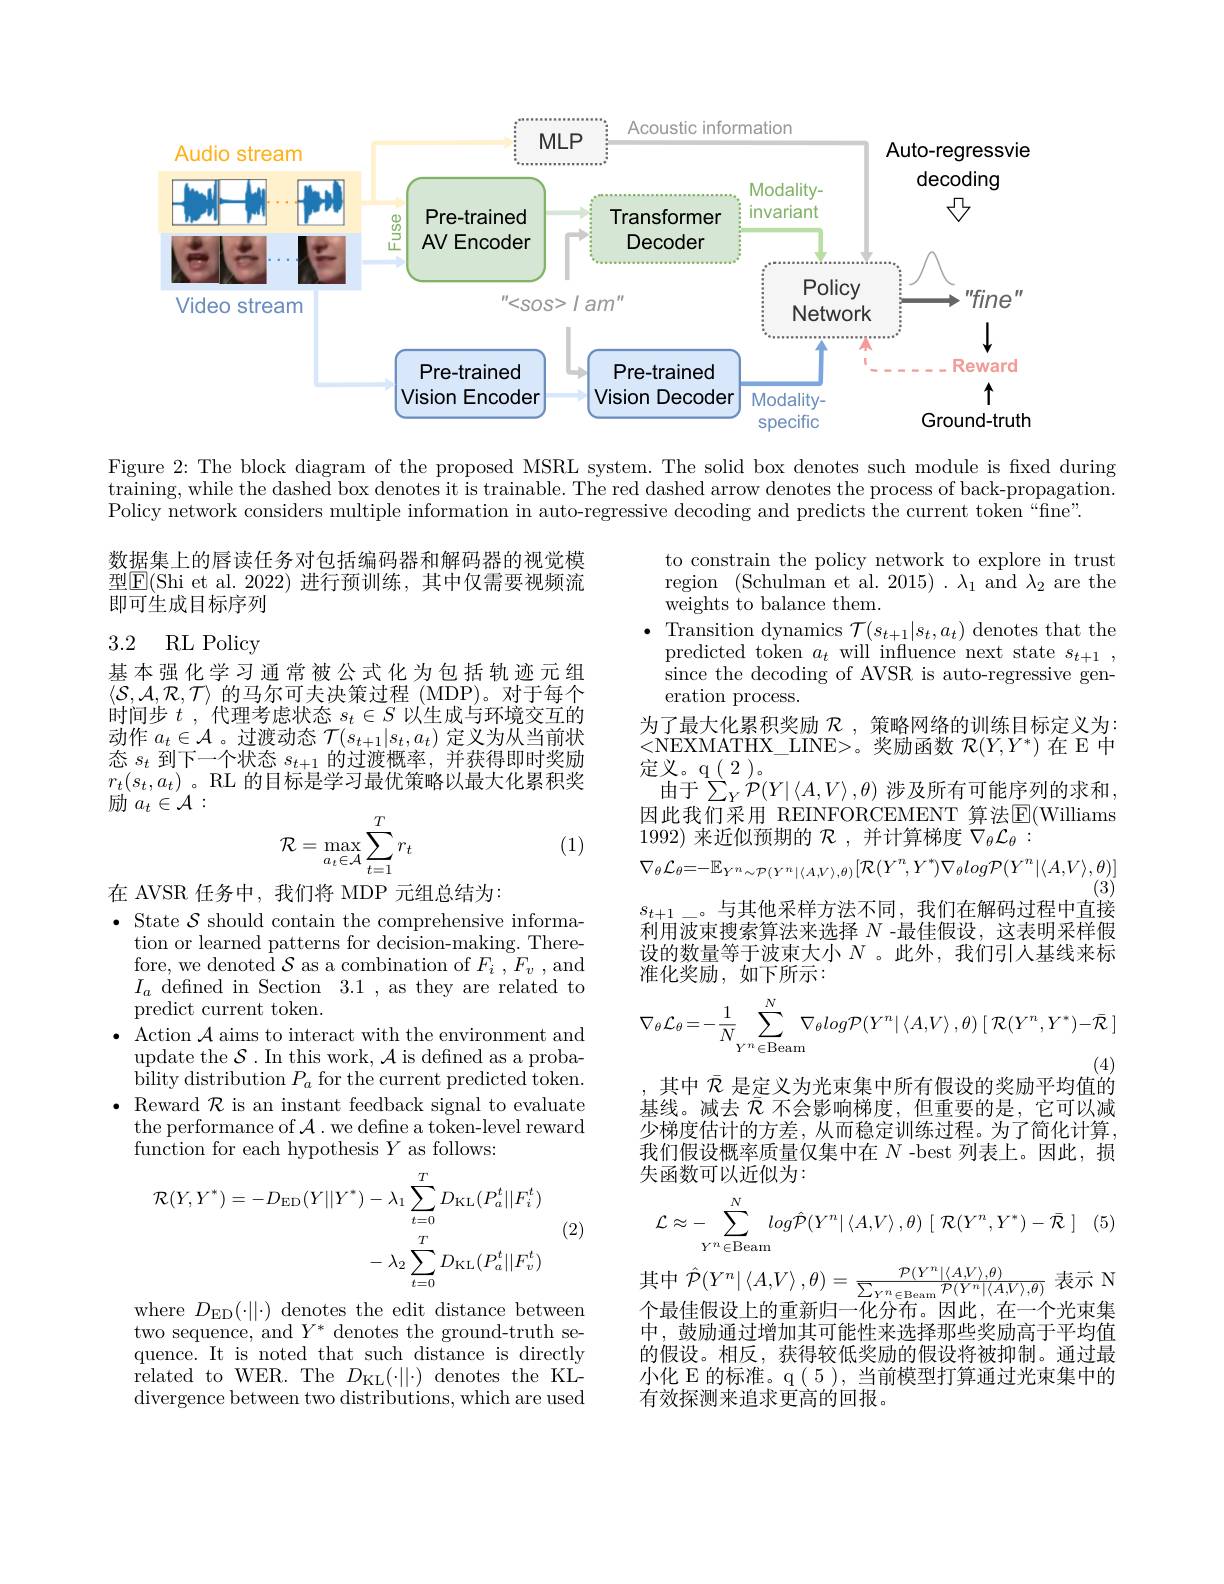
<FigureHere>

Figure 2: The block diagram of the proposed MSRL system. The solid box denotes such module is fixed during training, while the dashed box denotes it is trainable. The red dashed arrow denotes the process of back- propagation. training, while the dashed box denotes it is trainable. The red dashed arrow denotes the proccess of back- propagation. Policy network considers multiple information in auto-regressive decoding and predicts the current token “fine”.

数据集上的唇读任务对包括编码器和解码器的视觉模型$\boxed{\mathrm{E}}($Shi et al. 2022) 进行预训练，其中仅需要视频流即可生成目标序列

## 3.2 RL Policy

基本强化学习通常被公式化为包括轨迹元组$\langle\bar{\mathcal{S}},\mathcal{A},\mathcal{R},\mathcal{T}\rangle$的马尔可夫决策过程(MDP)。对于每个时间步$t$ ,代理考虑状态$s_t\in S$以生成与环境交互的动作$a_t\in\mathcal{A}$ 。过渡动态$\mathcal{T}(s_t+1|s_t,a_t)$定义为从当前状态$s_t$到下一个状态$s_t+1$的过渡概率，并获得即时奖励$r_{t}(s_{t},a_{t})$。RL 的目标是学习最优策略以最大化累积奖励$a_t\in\mathcal{A}:$
$$\mathcal{R}=\max_{a_t\in\mathcal{A}}\sum_{t=1}^Tr_t$$
to constrain the policy network to explore in trust region (Schulman et al. 2015) . $\lambda_1$ and $\lambda_2$ are the weights to balance them.
$\bullet$ Transition dynamics $\mathcal{T}(s_{t+1}|s_{t},a_{t})$ denotes that the predicted token $a_t$ will influence next state $s_t+1$, since the decoding of AVSR is auto-regressive generation process.
为了最大化累积奖励$\mathcal{R}$,策略网络的训练目标定义为： $\begin{array}{l}{<\mathrm{NEXMATHX\_LINE>。奖励函数~}\mathcal{R}(Y,Y^{*})\text{ 在 E 中}}\\{\text{定义。q(2)。}}\end{array}$
由于$\sum_Y{\mathcal P}(Y|\langle A,V\rangle,\theta)$ 涉及所有可能序列的求和， 因此我们采用 REINFORCEMENT 算法$\operatorname{\overline{E}(\text{Williams}}$ 1992)来近似预期的$\mathcal{R}$,并计算梯度$\nabla_\theta\mathcal{L}_\theta:$
$\nabla_{\theta}\mathcal{L}_{\theta}=-\mathbb{E}_{Y^{n}\sim\mathcal{P}(Y^{n}|\langle A,V\rangle,\theta)}[\mathcal{R}(Y^{n},Y^{*})\nabla_{\theta}log\mathcal{P}(Y^{n}|\langle A,V\rangle,\theta)]$
(3)
$s_{t+1}\_$。与其他采样方法不同，我们在解码过程中直接利用波束搜索算法来选择$N$ -最佳假设，这表明采样假设的数量等于波束大小$N$ 。此外，我们引人基线来标准化奖励，如下所示：
$$\nabla_{\theta}\mathcal{L}_{\theta}=-\frac{1}{N}\sum_{Y^{n}\in\mathrm{Beam}}^{N}\nabla_{\theta}log\mathcal{P}(Y^{n}|\:\langle A,V\rangle\:,\theta)\:[\:\mathcal{R}(Y^{n},Y^{*})-\bar{\mathcal{R}}\:]$$
(1)

在 AVSR 任务中，我们将 MDP 元组总结为：
$\bullet$ State $\mathcal{S}$ should contain the comprehensive informa-
tion or learned patterns for decision-making. Therefore, we denoted $\mathcal{S}$ as a combination of $F_i,F_v$ , and $I_a$ defined in Section 3.1 , as they are related to predict current token.
$\bullet$ Action $\mathcal{A}$ aims to interact with the environment and
update the $\mathcal{S}.$ In this work, $\mathcal{A}$ is defined as a probability distribution $P_a$ for the current predicted token.
$\bullet$ Reward $\mathcal{R}$ is an instant feedback signal to evaluate
the performance of $\mathcal{A}.$ we define a token-level reward
function for each hypothesis $Y$ as follows:

其中$\bar{\mathcal{R}}$是定义为光束集中所有假设的奖励平均值的

基线。减去$\bar{\mathcal{R}}$不会影响梯度，但重要的是，它可以减少梯度估计的方差，从而稳定训练过程。为了简化计算， 我们假设概率质量仅集中在$N$ -best 列表上。因此，损失函数可以近似为：
$$\mathcal{L}\approx-\sum_{Y^n\in\text{Beam}}^Nlog\hat{\mathcal{P}}(Y^n|\left\langle A,V\right\rangle,\theta)\:[\:\mathcal{R}(Y^n,Y^*)-\bar{\mathcal{R}}\:]$$
$$\begin{aligned}\mathcal{R}(Y,Y^{*})=-D_{\mathrm{ED}}(Y||Y^{*})-\lambda_{1}\sum_{t=0}^{T}D_{\mathrm{KL}}(P_{a}^{t}||F_{i}^{t})\\&-\lambda_{2}\sum_{t=0}^{T}D_{\mathrm{KL}}(P_{a}^{t}||F_{v}^{t})\end{aligned}$$
(2)

其中$\hat{\mathcal{P}}(Y^{n}|\left\langle A,V\right\rangle,\theta)=\frac{\mathcal{P}(Y^{n}|\langle A,V\rangle,\theta)}{\sum_{Y^{n}\in\mathrm{Beam}}\mathcal{P}(Y^{n}|\langle A,V\rangle,\theta)}$表示 N

个最佳假设上的重新归一化分布。因此，在一个光束集

中，鼓励通过增加其可能性来选择那些奖励高于平均值的假设。相反，获得较低奖励的假设将被抑制。通过最小化 E 的标准。q ( 5 ), 当前模型打算通过光束集中的有效探测来追求更高的回报。

where $D_{\mathrm{ED}}(\cdot\|\cdot)$ denotes the edit distance between two sequence, and $Y^*$ denotes the ground-truth sequence. It is noted that such distance is directly related to WER. The $D_{\mathrm{KL}}(\cdot||\cdot)$ denotes the KLdivergence between two distributions, which are used